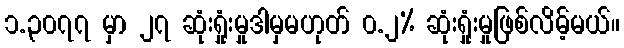
၁.၃၀၇၇ မှာ ၂၇ ဆုံးရှုံးမှုဒါမှမဟုတ် ၀.၂% ဆုံးရှုံးမှုဖြစ်လိမ့်မယ်။